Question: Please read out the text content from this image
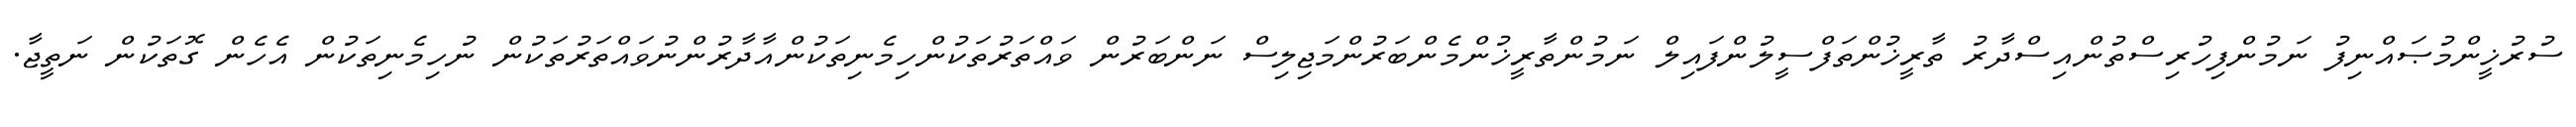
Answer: ސުރުޚީންމުޞައްނިފު ނަމުންފިހުރިސްތުންއިސްދާރު ތާރީޚުންތަފްސީލުންފައިލް ނަމުންތާރީޚުންމެންބަރުންމަޖިލިސް ނަންބަރުން ވައްތަރުތަކުންހިމެނިތަކުންއާދާރުންނުވައްތަރުތަކުން ނުހިމެނިތަކުން އެހެން ގޮތަކުން ނަތީޖާ.